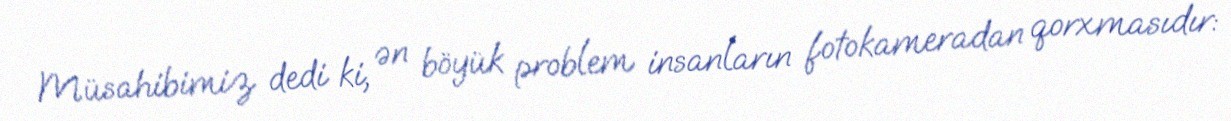
Müsahibimiz dedi ki, ən böyük problem insanların fotokameradan qorxmasıdır: